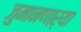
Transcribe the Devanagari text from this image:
जुमानणाऱ्या